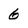
Character: 6